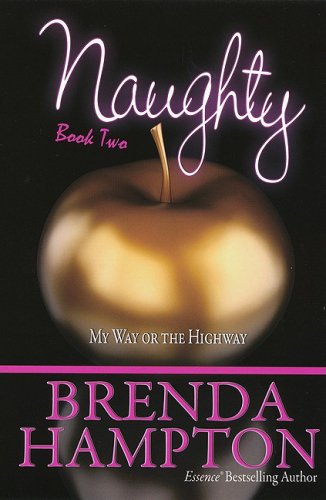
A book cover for Naughty 2: My Way or the Highway (Urban Renaissance); Brenda Hampton; Romance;